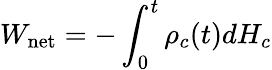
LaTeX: W_{\mathrm{net}}=-\int_{0}^{t}\rho_{c}(t)dH_{c}